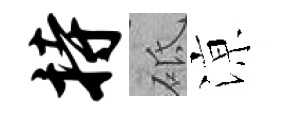
持砥鿌